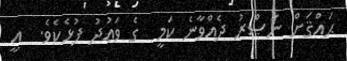
ޙައްޤަށް ނަޞްރު ދެއްވާނެ ކަމީ  ގެ ވަޢުދު ފުޅެކެވެ.  އީ